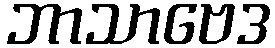
ဘာသာဗေဒ